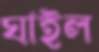
ঘাইল